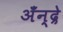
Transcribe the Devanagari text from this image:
अँन्द्रे